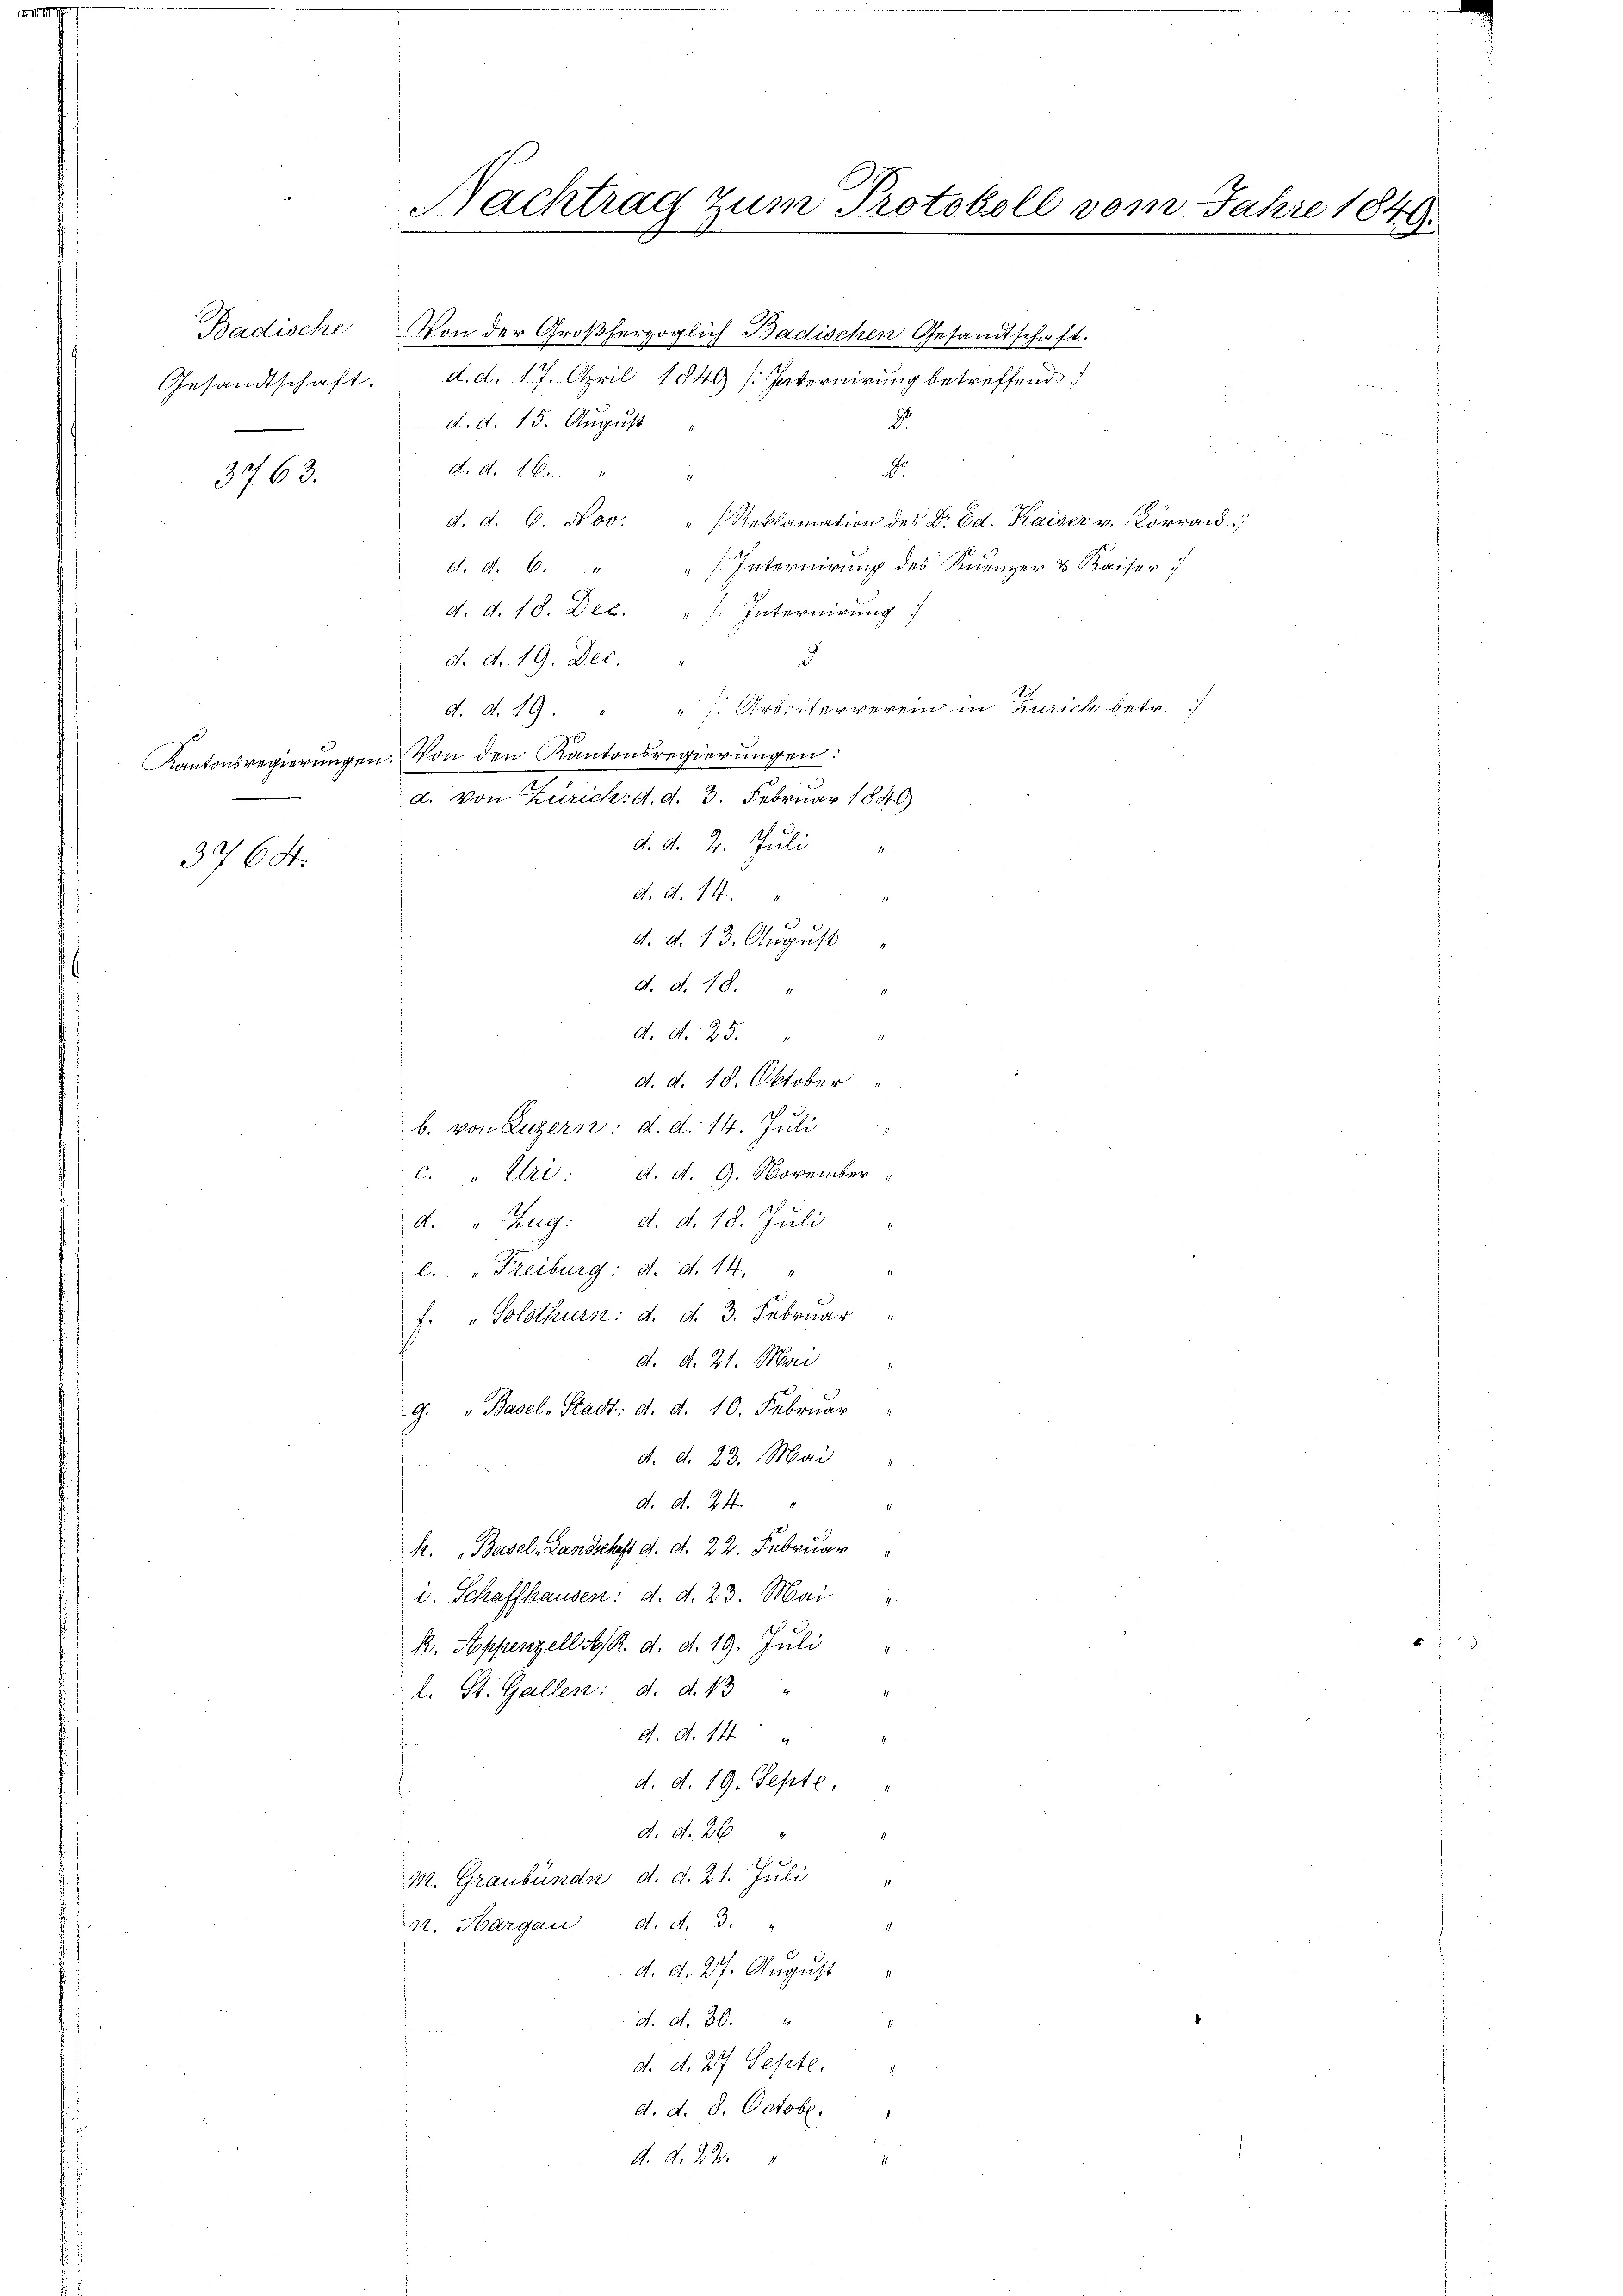
3763.

Nachtrag zum Protokoll vom Jahre 184

Badische von der Großherzoglich Badischen Gesandtschaft.
Gesandtschaft. d. d. 17. April 1849 [Internirung betreffend
d. d. 15. August
d. d. 16.
D
d. d. 6. Nov. " Reklamation des Dr. Ed. Kaiser v. Lörrac
Internirung des Kuenzer & Kaiser:)
d. d. 6.
d. d. 18. Dec.
Internirung
d. d. 19. Dec.
d
". Arbeiterverein in Zürich betr.
d. d. 19.
Kantonsregierungen. Von den Kantonsregierungen:
d. von Zürich: d. d. 3. Februar 1840
d. d. 2. Juli
3764.
d. d. 14.
d. d. 13. August
d. d. 18.
d. d. 25.
d. d. 18. Oktober
b. von Luzern: d. d. 14. Juli.
c. " Uri: d. d. 9. November
d. " Zug: d. d. 18. Juli
l. " Freiburg: d. d. 14.
f. "Solothurs: d. d. 3. Februar
d. d. 21. Mai
G. " Basel-Stadt: d. d. 10. Februar
d. d. 23. Mai
d. d. 24.
h. Basel-Landschaft d. d. 22. Februar
u. Schaffhausen: d. d. 23. Mai
R. Appenzell A. R. d. d. 19. Juli
l. St. Gallen: d. d. 13 "
f
d. d. 14
d. d. 19. Septe,
d. d. 26
M. Graubünde d. d. 21. Juli "
n. Hargau d. d. 3. "
d. d. 27. August
d. d. 30.
d. d. 27 Septe,
d. d. 8. Octobr.
d. d. 2. 3.

d